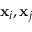
\mathbf { x } _ { i } , \mathbf { x } _ { j }